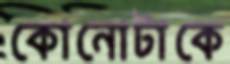
কোনোটাকে